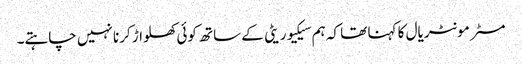
مسٹر مونٹریال کا کہنا تھا کہ ہم سیکیوریٹی کے ساتھ کوئی کھلواڑ کرنا نہیں چاہتے۔